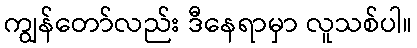
ကျွန်တော်လည်း ဒီနေရာမှာ လူသစ်ပါ။